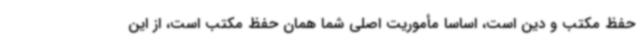
حفظ مکتب و دین است، اساسا مأموریت اصلی شما همان حفظ مکتب است، از این